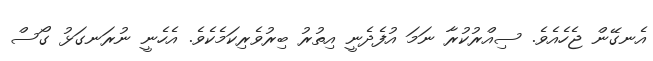
އެނގޭން ޖެހެއެވެ. ސިއްރުކުރާ ނަމަ އުފެދެނީ އިތުރު ބިރުވެރިކަމެކެވެ. އެހެނީ ނުރަނގަޅު ގޯސް